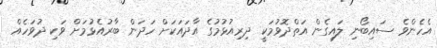
އެހެންވެ ސައިބޯނި ލައިގެން އަތްދޮވުމަކީ ދިރިއުޅުމުގެ އާދައަކަށް ހަދަން ބާރުއެޅުމަށް ވަކި ދުވަހެއް